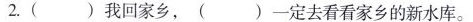
2.()我回家乡，()一定去看看家乡的新水库。